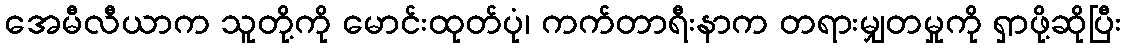
အေမီလီယာက သူတို့ကို မောင်းထုတ်ပုံ၊ ကက်တာရီးနာက တရားမျှတမှုကို ရှာဖို့ဆိုပြီး